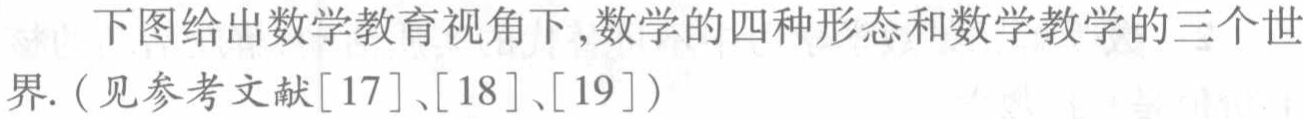
下图给出数学教育视角下,数学的四种形态和数学教学的三个世界.（见参考文献[17]、[18]、[19]）